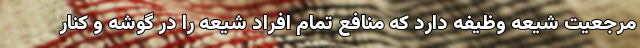
مرجعیت شیعه وظیفه دارد که منافع تمام افراد شیعه را در گوشه و کنار